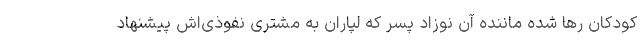
کودکان رها شده ماننده آن نوزاد پسر که لپاران به مشتری نفوذی‌اش پیشنهاد